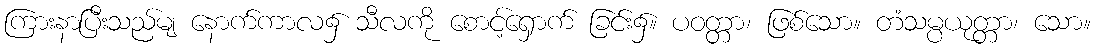
ကြားနာပြီးသည်မျ နောက်ကာလ၌ သီလကို စောင့်ရှောက် ခြင်း၌။ ပဝတ္တာ၊ ဖြစ်သော။ တံသမ္ပယုတ္တာ၊ သော။